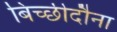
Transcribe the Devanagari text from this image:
बिच्छीदौना